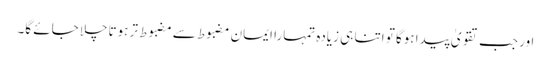
اور جب تقویٰ پیدا ہوگا تو اتنا ہی زیادہ تمہارا ایمان مضبوط سے مضبوط تر ہوتاچلا جائے گا۔